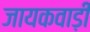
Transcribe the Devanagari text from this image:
जायकवाड़ी